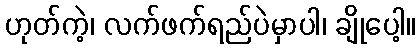
ဟုတ်ကဲ့၊ လက်ဖက်ရည်ပဲမှာပါ၊ ချိုပေါ့။